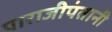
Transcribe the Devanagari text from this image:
पाराजीपंतानी